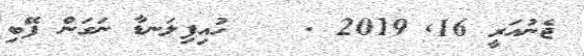
ޖެނުއަރީ 16